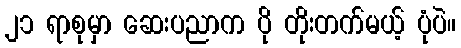
၂၁ ရာစုမှာ ဆေးပညာက ပို တိုးတက်မယ့် ပုံပဲ။